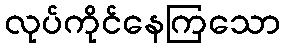
လုပ်ကိုင်နေကြသော